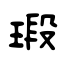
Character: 瑖